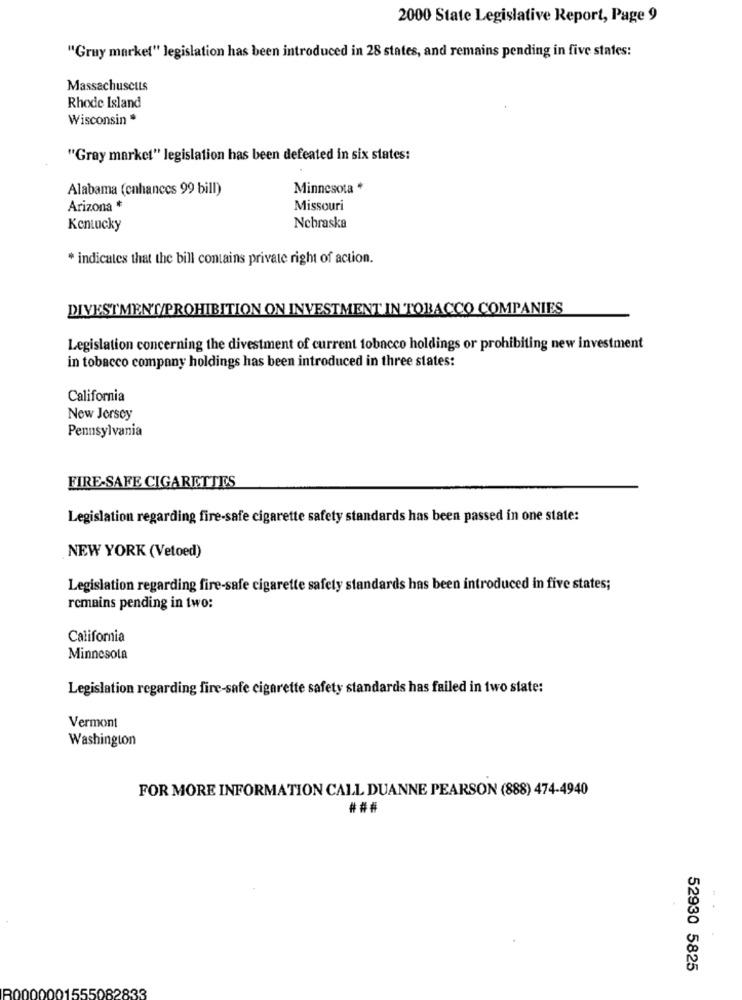
2000 State Legislative Report, Page 9
"Gruy market" legislation has been introduced in 28 states, and remains pending in five states:
Massachusetts
Rhode Island
Wisconsin .
"Gray market" legislation has been defeated in six states:
Alabama (enhances 99 bill)
Minnesota *
Arizona *
Missouri
Kentucky
Nebraska
* indicates that the bill contains private right of action.
DIVESTMENT/PROHIBITION ON INVESTMENT IN TOBACCO COMPANIES
Legislation concerning the divestment of current tobacco holdings or prohibiting new investment
in tobacco company holdings has been introduced in three states:
California
New Jersey
Pennsylvania
FIRE-SAFE CIGARETTES
Legislation regarding fire-safe cigarette safety standards has been passed in one state:
NEW YORK (Vetoed)
Legislation regarding fire-safe cigarette safety standards has been introduced in five states;
remains pending in two:
California
Minnesota
Legislation regarding fire-safe cigarette safety standards has failed in two state:
Vermont
Washington
FOR MORE INFORMATION CALL DUANNE PEARSON (888) 474-4940
###
52930 5825